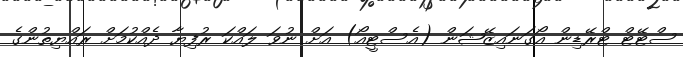
ސްޓޭޓް ޓްރޭޑިން އޯގަނައިޒޭޝަން (އެސްޓީއޯ) އަށް ނުވަ ލައްކަ ރުފިޔާ ދެއްކުމަށް ރައްޔިތުންގެ